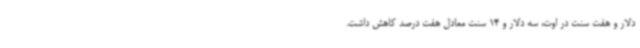
دلار و هفت سنت در اوت، سه دلار و 14 سنت معادل هفت درصد کاهش داشت.